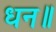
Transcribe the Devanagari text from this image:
धन॥